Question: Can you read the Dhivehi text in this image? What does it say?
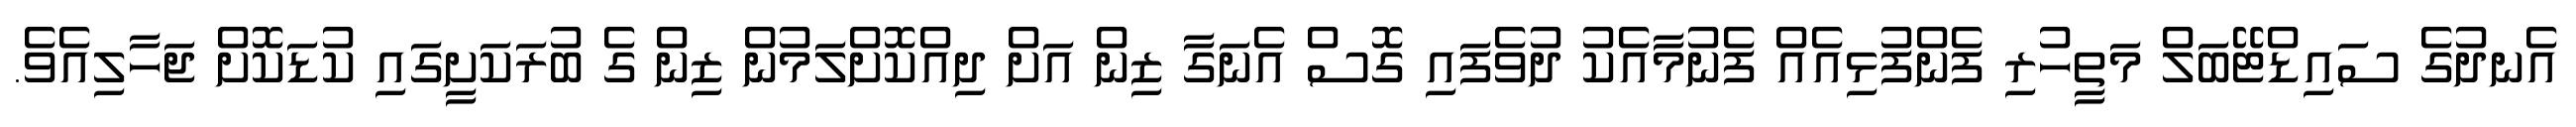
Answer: އެނދުގެ ސައިޑްޓޭބަލް މަތީހުރި ފެންފުޅިއެއް ފެނުމާއެކު ދުވެފައި ގޮސް އެނަގާ ޒިން އަށް ދިއްކޮށްލަމުން ޒިން ގެ ބުރަކަށީގައި ކުޑަކޮށް ޖަހާލިއެވެ.